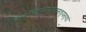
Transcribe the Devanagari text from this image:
बालादित्यमण्डलमध्यस्थां